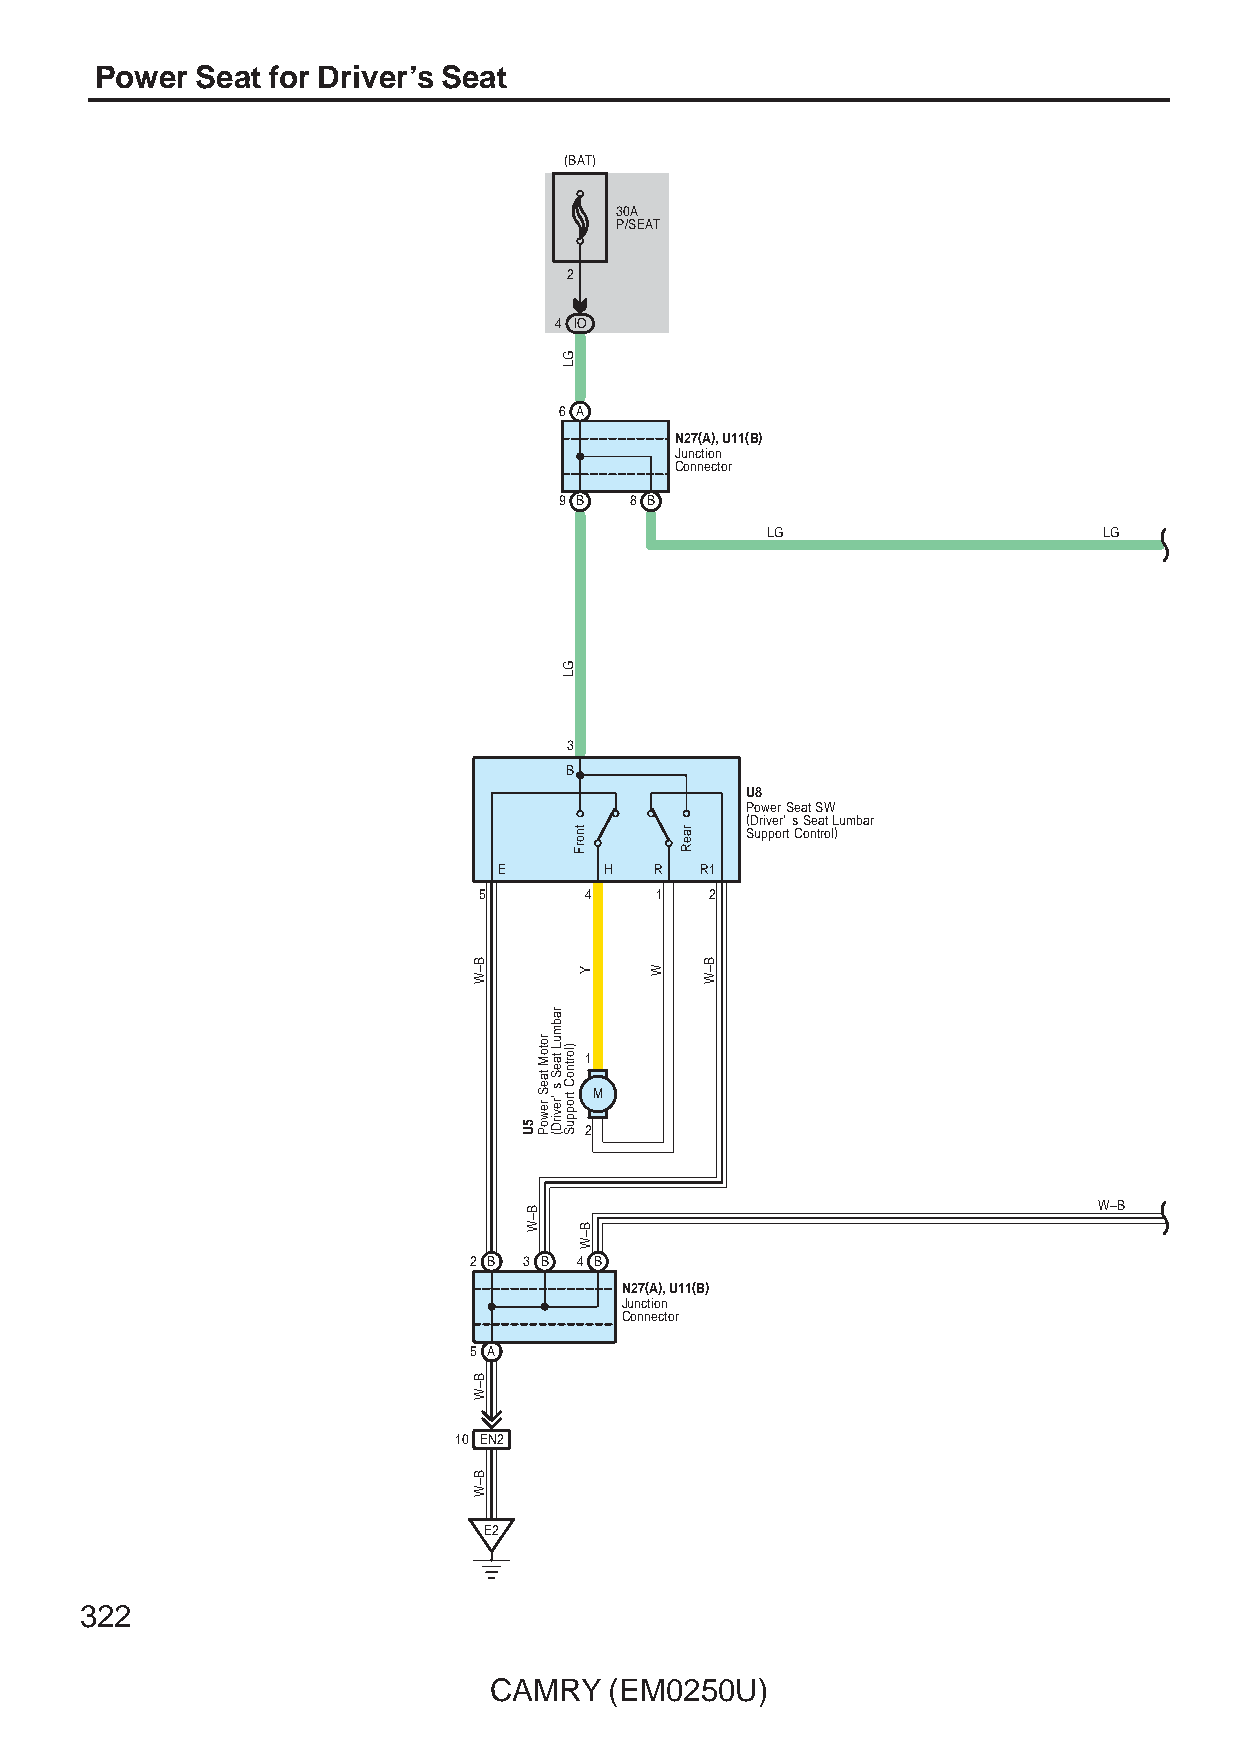
Power  Seat for Driver’s Seat
 (BAT)
 30A
 P/SEAT
 2
 4 IO
 6 A
 N27(A), U11(B)
 Junction
 Connector
 9 B  8 B
 LG                    LG
 3
 B
 U8
 Power Seat SW
 (Driver' s Seat Lumbar
 Support Control)
 E      H  R  R1
 5      4   1   2
 1
 M
 2
 W–B
 2 B 3 B 4 B
 N27(A), U11(B)
 Junction
 Connector
 5 A
 10 EN2
 E2
 322
 CAMRY   (EM0250U)
 B–W
 B–W
 B–W
 5U
 B–W
 rotoM
 taeS
 rewoP
 rabmuL
 taeS
 s 'revirD(
 GL
 GL
 )lortnoC
 troppuS
 tnorF
 Y
 B–W
 W
 raeR
 B–W